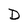
Character: D